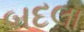
બદલા